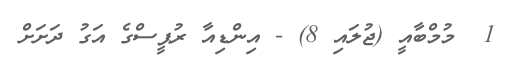
1  މުމްބާއީ (ޖުލައި 8) - އިންޑިއާ ރުޕީސްގެ އަގު ދަށަށް